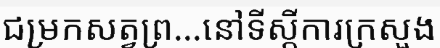
ជម្រកសត្វព្រ...នៅទីស្តីការក្រសួង